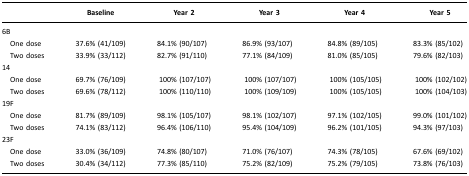
|  | Baseline | Year 2 | Year 3 | Year 4 | Year 5 |
 | --- | --- | --- | --- | --- | --- |
 | 6B |  |  |  |  |  |
 | One dose | 37.6% (41/109) | 84.1% (90/107) | 86.9% (93/107) | 84.8% (89/105) | 83.3% (85/102) |
 | Two doses | 33.9% (33/112) | 82.7% (91/110) | 77.1% (84/109) | 81.0% (85/105) | 79.6% (82/103) |
 | 14 |  |  |  |  |  |
 | One dose | 69.7% (76/109) | 100% (107/107) | 100% (107/107) | 100% (105/105) | 100% (102/102) |
 | Two doses | 69.6% (78/112) | 100% (110/110) | 100% (109/109) | 100% (105/105) | 100% (104/103) |
 | 19F |  |  |  |  |  |
 | One dose | 81.7% (89/109) | 98.1% (105/107) | 98.1% (102/107) | 97.1% (102/105) | 99.0% (101/102) |
 | Two doses | 74.1% (83/112) | 96.4% (106/110) | 95.4% (104/109) | 96.2% (101/105) | 94.3% (97/103) |
 | 23F |  |  |  |  |  |
 | One dose | 33.0% (36/109) | 74.8% (80/107) | 71.0% (76/107) | 74.3% (78/105) | 67.6% (69/102) |
 | Two doses | 30.4% (34/112) | 77.3% (85/110) | 75.2% (82/109) | 75.2% (79/105) | 73.8% (76/103) |